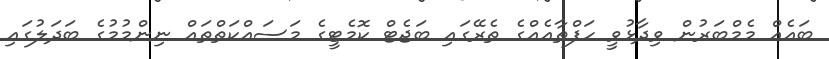
ބައެއް މެމްބަރުން ވިދާޅުވީ ހަފްތާއެއްގެ ތެރޭގައި ބަޖެޓް ކޮމެޓީގެ މަސައްކަތްތައް ނިންމުމުގެ ބަދަލުގައި